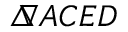
\triangle \! \! \! \nabla { A C E D }